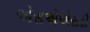
એસએએસડી